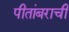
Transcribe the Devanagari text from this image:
पीतांबराची